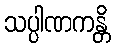
သပ္ပါဏကန္တိ